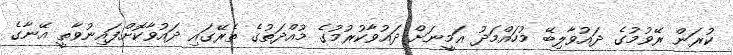
ކުރަން ރޭވުމުގެ ދައުވާލިބޭ މުހައްމަދު އަމީނަށް ދައުވާކުރުމުގެ މުއްދަތުގެ ތެރޭގައި ދައުވާކޮށްފައިނުވާތީ އޭނާގެ